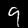
Label: 9